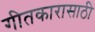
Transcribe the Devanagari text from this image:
गीतकारासाठी